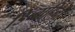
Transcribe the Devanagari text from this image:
डिंब्बाहिनी